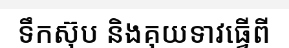
ទឹកស៊ុប និងគុយទាវធ្វើពី